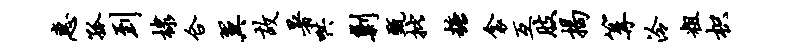
惠孤到棣合翼故暑哄剿甄批糖衾互肢揭篝泠粗枳